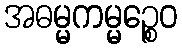
အဓမ္မကမ္မဉ္စေဝ